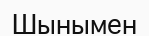
Шынымен